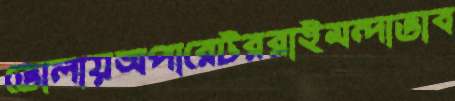
ভোলায়অপারেটররাইমন্দাভাব